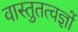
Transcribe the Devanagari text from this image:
वास्तुतत्वज्ञों